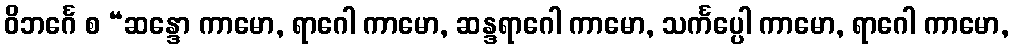
ဝိဘင်္ဂေ စ “ဆန္ဒော ကာမော, ရာဂေါ ကာမော, ဆန္ဒရာဂေါ ကာမော, သင်္ကပ္ပေါ ကာမော, ရာဂေါ ကာမော,